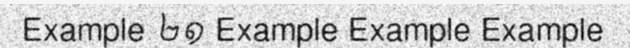
Example ២១ Example Example Example